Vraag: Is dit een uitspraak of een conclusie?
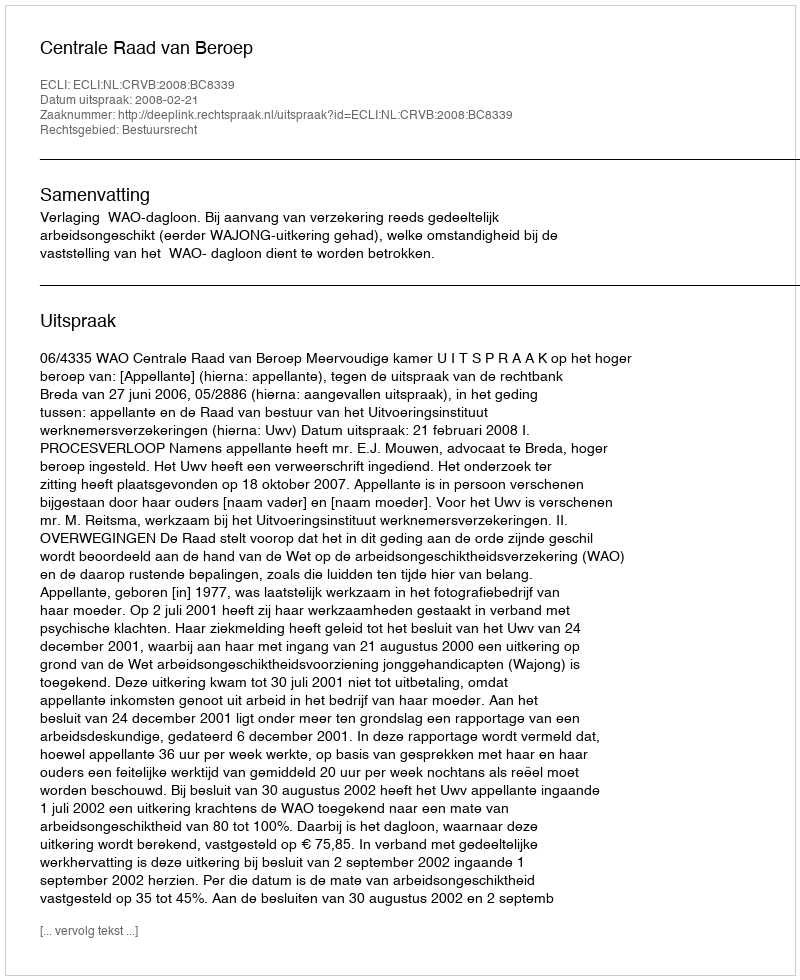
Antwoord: Uitspraak